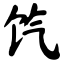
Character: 饩